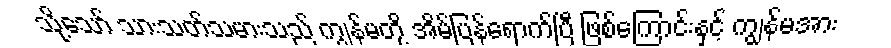
သို့သော် သားသတ်သမားသည် ကျွန်မတို့ အိမ်ပြန်ရောက်ပြီ ဖြစ်ကြောင်းနှင့် ကျွန်မအား